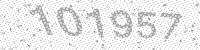
Solution: 101957